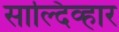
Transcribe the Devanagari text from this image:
साल्दिव्हार